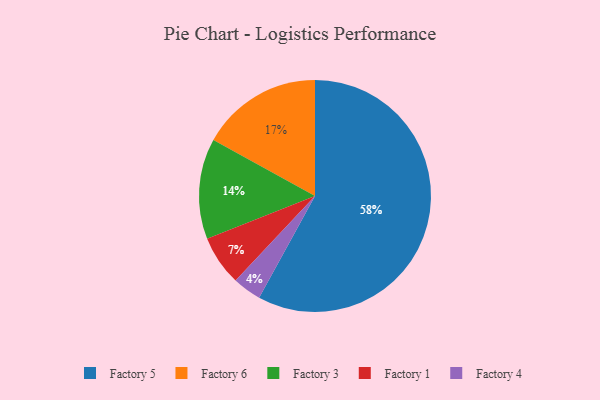
{"axis": {"x": "Category", "y": "Percentage"}, "legend": ["Factory 1", "Factory 3", "Factory 4", "Factory 5", "Factory 6"], "data": [{"x": "Factory 3", "y": 14, "type": "Factory 3"}, {"x": "Factory 1", "y": 7, "type": "Factory 1"}, {"x": "Factory 5", "y": 58, "type": "Factory 5"}, {"x": "Factory 6", "y": 17, "type": "Factory 6"}, {"x": "Factory 4", "y": 4, "type": "Factory 4"}]}